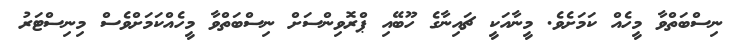
ނިސްބަތްވާ މީހެއް ކަމަށެވެ. މީނާއަކީ ޗައިނާގެ ހޫބޭއި ޕްރޮވިންސަށް ނިސްބަތްވާ މީހެއްކަމަށްވެސް މިނިސްޓަރު